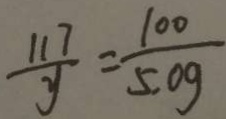
\frac { 1 1 7 } { y } = \frac { 1 0 0 } { 5 . 0 g }